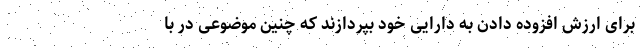
برای ارزش افزوده دادن به دارایی خود بپردازند که چنین موضوعی در با